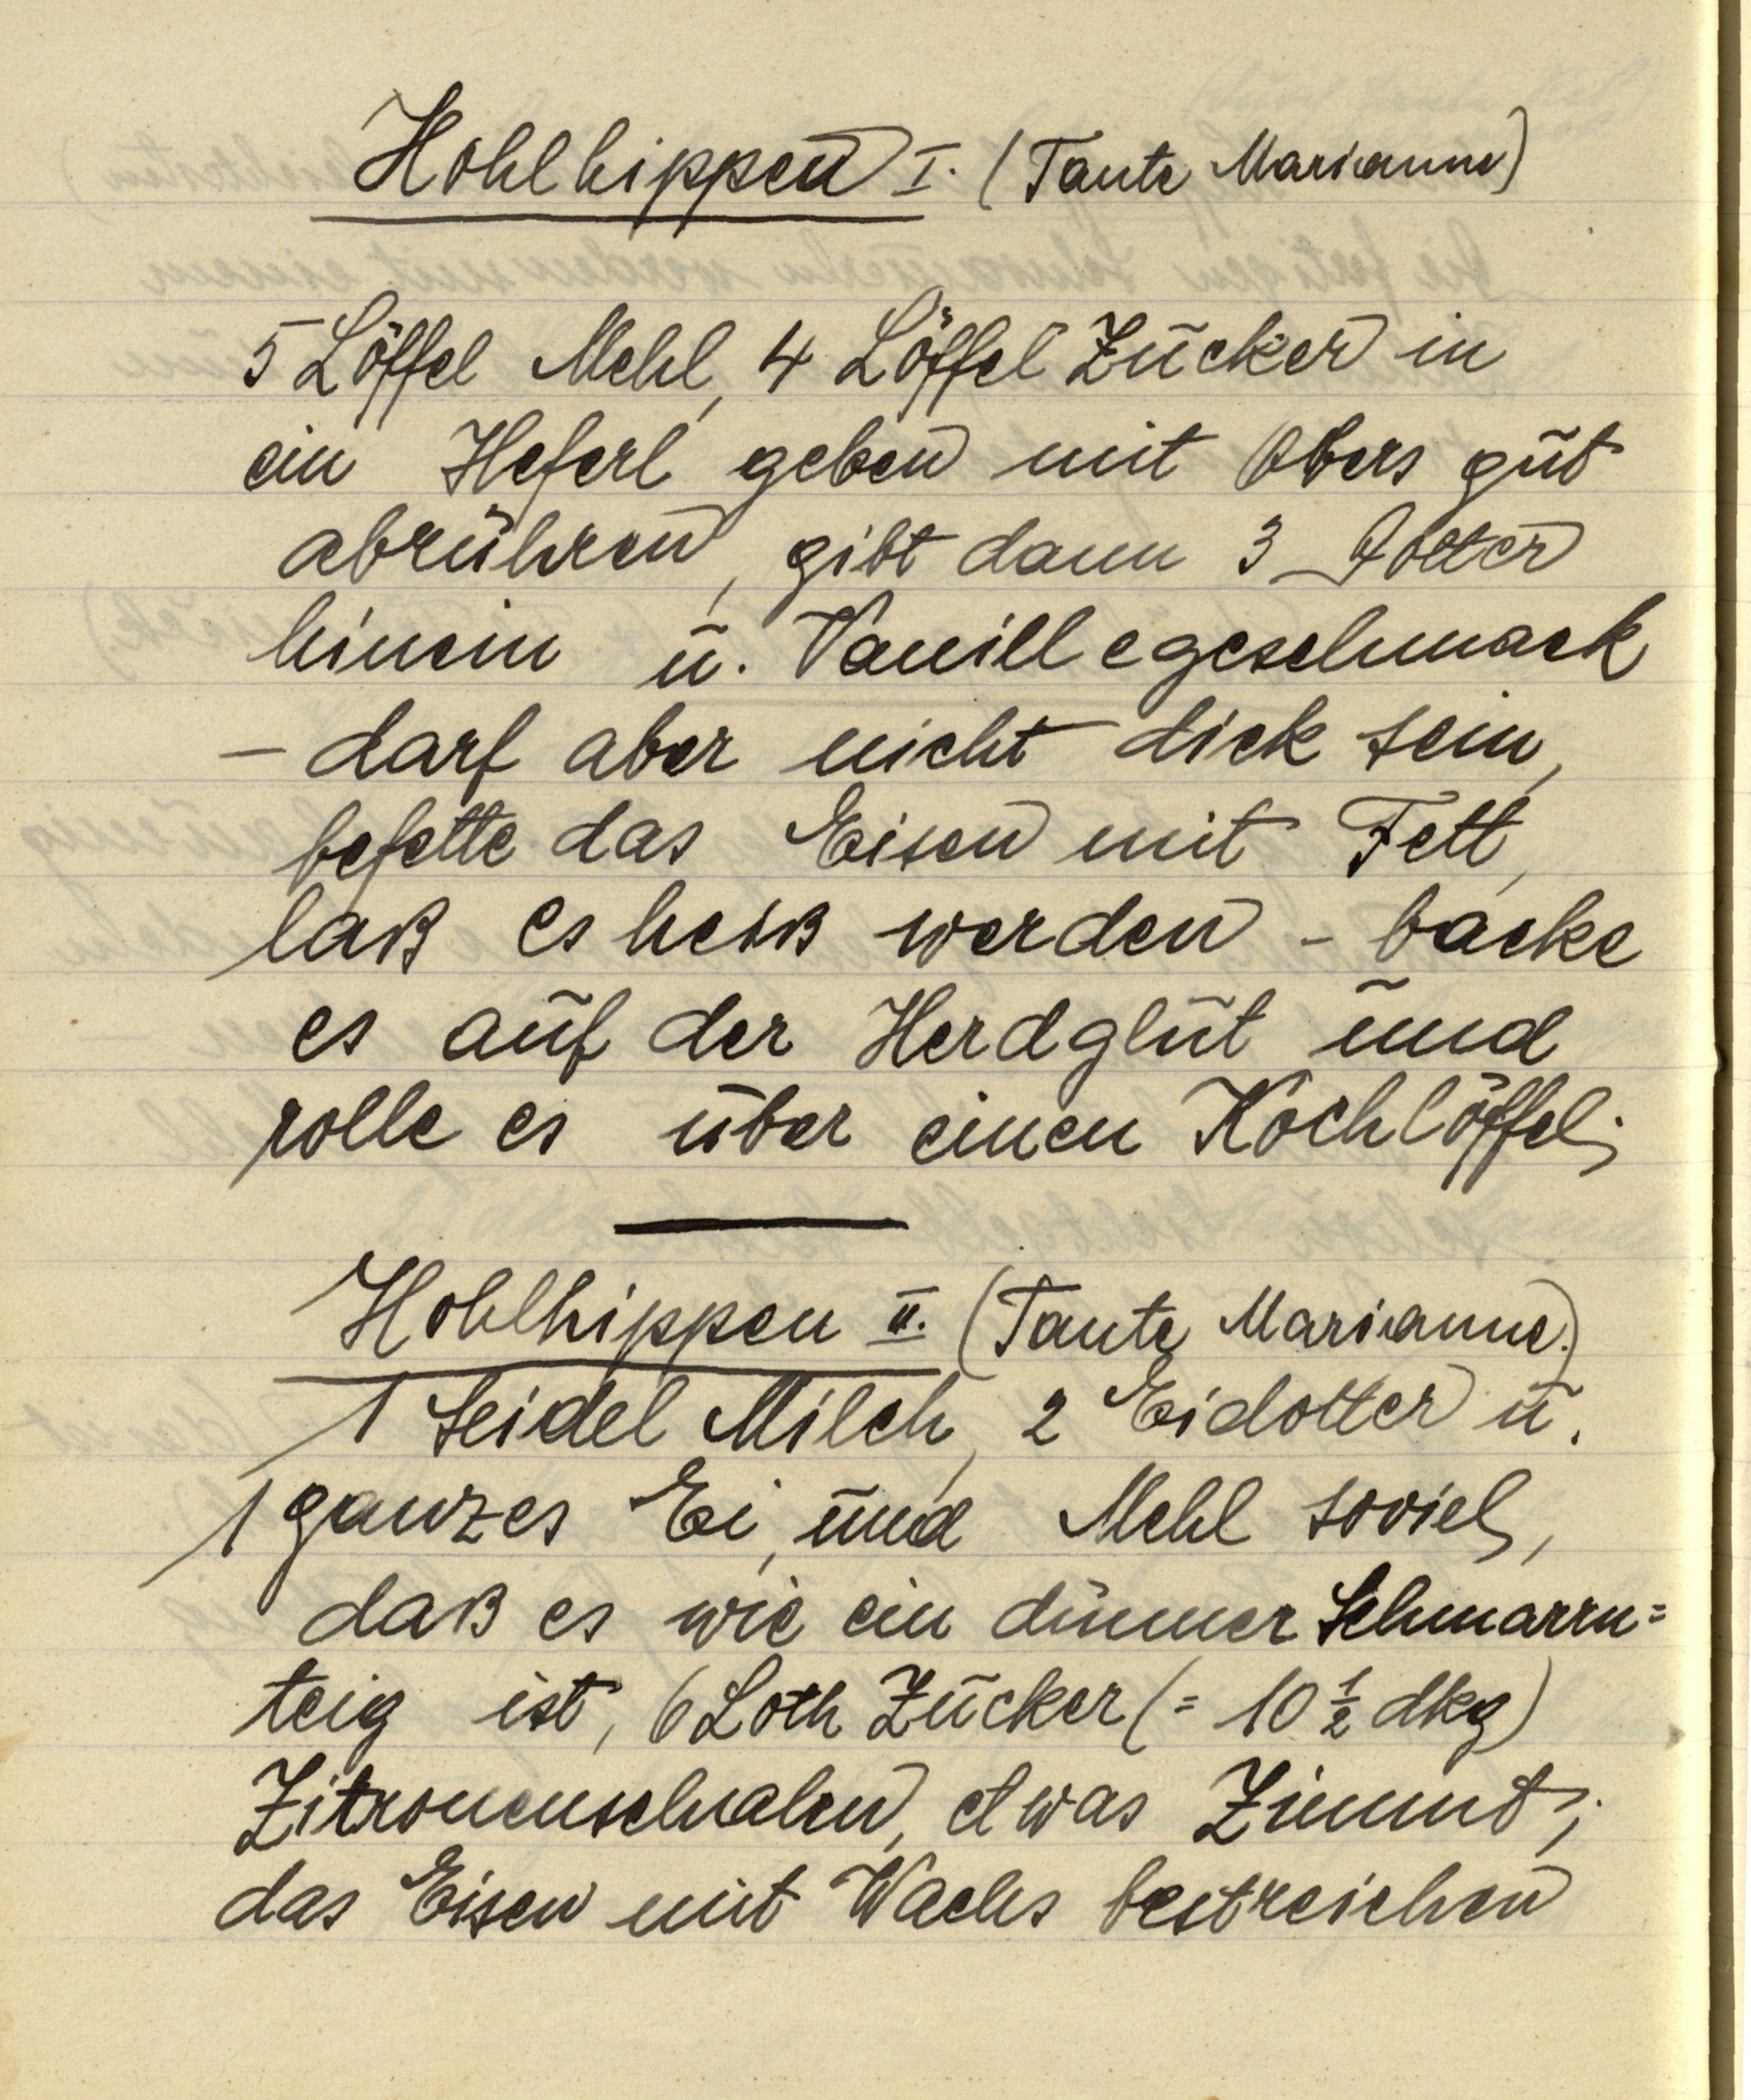
Hohlhippen I. (Tante Marianne)

5 Löffel Mehl, 4 Löffel Zucker in
ein Heferl geben mit Obers gut
abrühren, gibt dann 3 Dotter
hinein u. Vanillegeschmack
— darf aber nicht dick sein,
befette das Eisen mit Fett,
laß es heiß werden — backe
es auf der Herdglut und
rolle es über einen Kochlöffel.

Hohlhippen II. (Tante Marianne.)
1 Seidel Milch, 2 Eidotter u.
1 ganzes Ei, und Mehl soviel,
daß es wie ein dünner Schmarrn¬
teig ist, 6 Loth Zucker (= 10 ½ dkg)
Zitronenschalen, etwas Zimmt,
das Eisen mit Wachs bestreichen